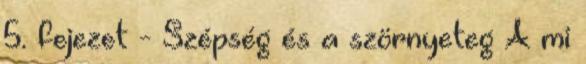
5. fejezet - Szépség és a szörnyeteg A mi